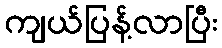
ကျယ်ပြန့်လာပြီး